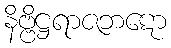
နိဗ္ဗိဋ္ဌရာဇဘဋော